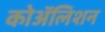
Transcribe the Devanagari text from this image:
कोॲलिशन